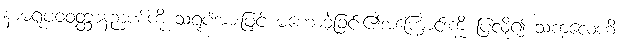
နာမရူပဝဝတ္ထာနဉာဏ်ကို သရုပ်အားဖြင့် မဟောခဲ့ခြင်း၏အကြောင်းကို ပြလို၍ သကလေဟိ